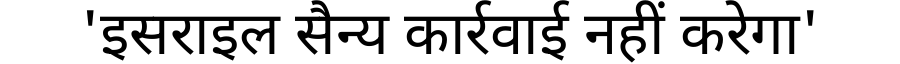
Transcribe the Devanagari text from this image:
'इसराइल सैन्य कार्रवाई नहीं करेगा'